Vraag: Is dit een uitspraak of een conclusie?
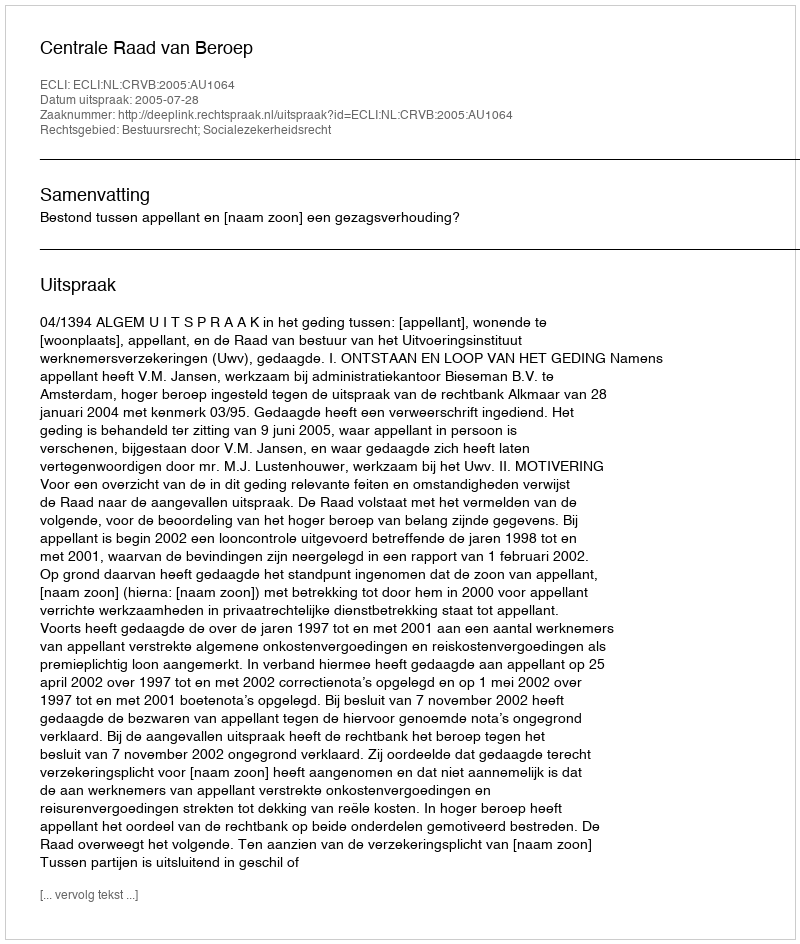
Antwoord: Uitspraak